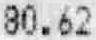
80.62